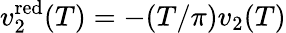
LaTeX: v_{2}^{\mathrm{red}}(T)=-(T/\pi)v_{2}(T)